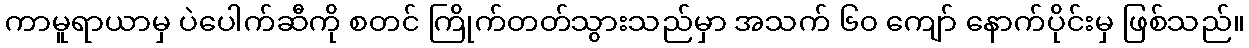
ကာမူရာယာမှ ပဲပေါက်ဆီကို စတင် ကြိုက်တတ်သွားသည်မှာ အသက် ၆၀ ကျော် နောက်ပိုင်းမှ ဖြစ်သည်။